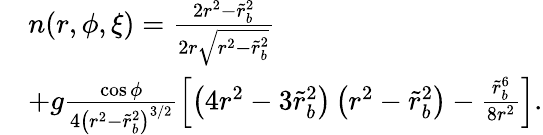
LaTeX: \begin{array}{rl}&{n(r,\phi,\xi)=\frac{2r^{2}-\tilde{r}_{b}^{2}}{2r\sqrt{r^{2}-\tilde{r}_{b}^{2}}}}\\ &{+g\frac{\cos\phi}{4\left(r^{2}-\tilde{r}_{b}^{2}\right)^{3/2}}\left[\left(4r^{2}-3\tilde{r}_{b}^{2}\right)\left(r^{2}-\tilde{r}_{b}^{2}\right)-\frac{\tilde{r}_{b}^{6}}{8r^{2}}\right].}\end{array}